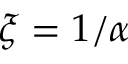
\xi = 1 / \alpha